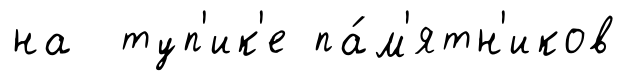
на туп'ик'е па́м'ятн'иков